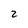
Character: 2